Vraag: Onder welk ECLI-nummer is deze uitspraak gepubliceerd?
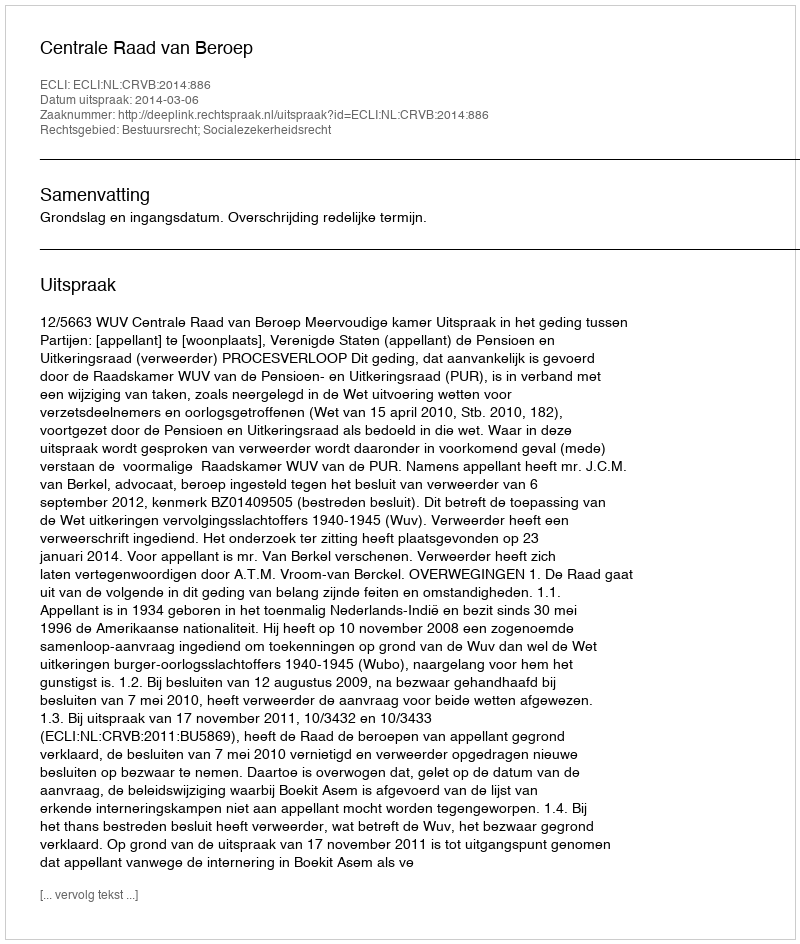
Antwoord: ECLI:NL:CRVB:2014:886